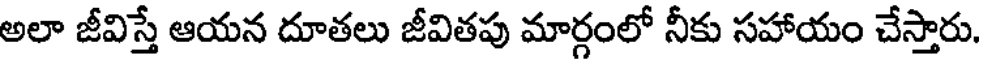
అలా జీవిస్తే ఆయన దూతలు జీవితపు మార్గంలో నీకు సహాయం చేస్తారు.